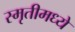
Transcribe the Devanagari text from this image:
स्मृतीमध्ये